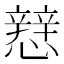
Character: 𢣑